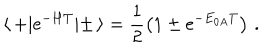
\langle \, + | \mathrm { e } ^ { - H T } | \pm \, \rangle = \frac { 1 } { 2 } \left( 1 \pm \mathrm { e } ^ { - E _ { 0 A } T } \right) \, .